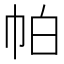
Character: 帕